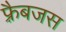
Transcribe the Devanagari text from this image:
फ़्रैबजस